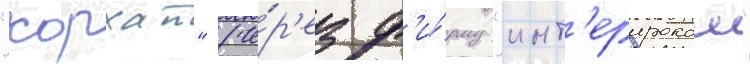
"хорхат" (че́р'ез ф'и́рму "инт'ерпроком"